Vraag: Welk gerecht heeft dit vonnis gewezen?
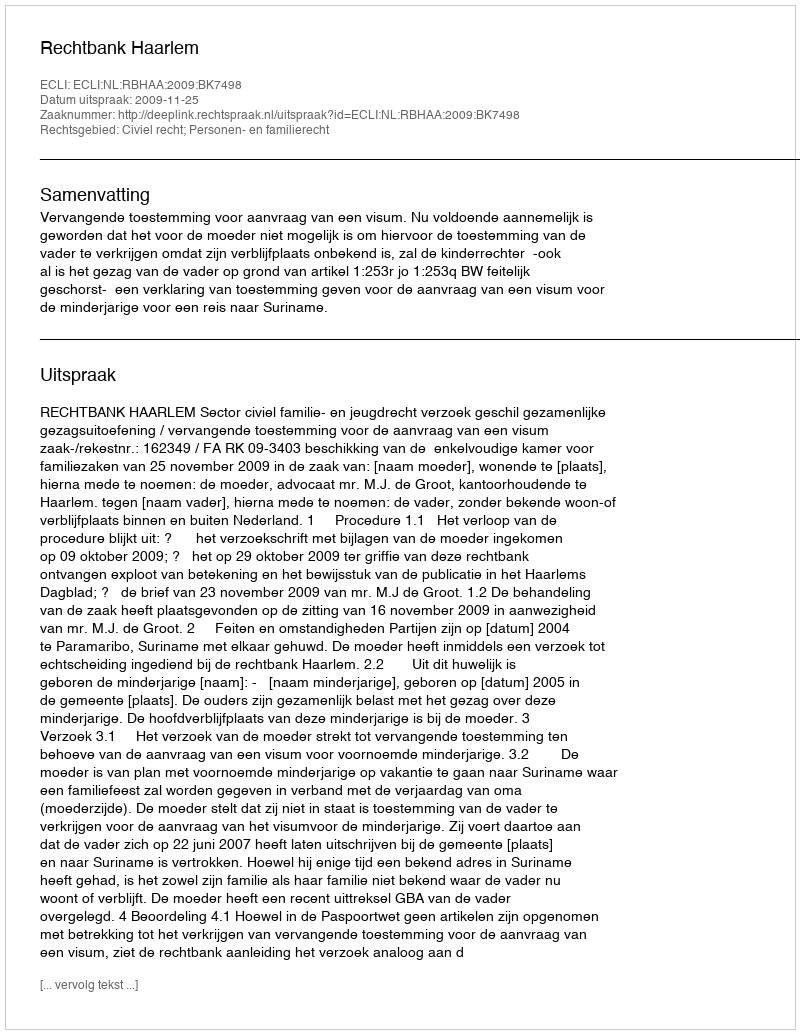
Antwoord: Rechtbank Haarlem